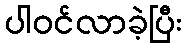
ပါဝင်လာခဲ့ပြီး